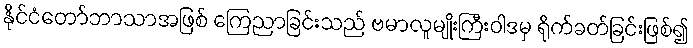
နိုင်ငံတော်ဘာသာအဖြစ် ကြေညာခြင်းသည် ဗမာလူမျိုးကြီးဝါဒမှ ရိုက်ခတ်ခြင်းဖြစ်၍